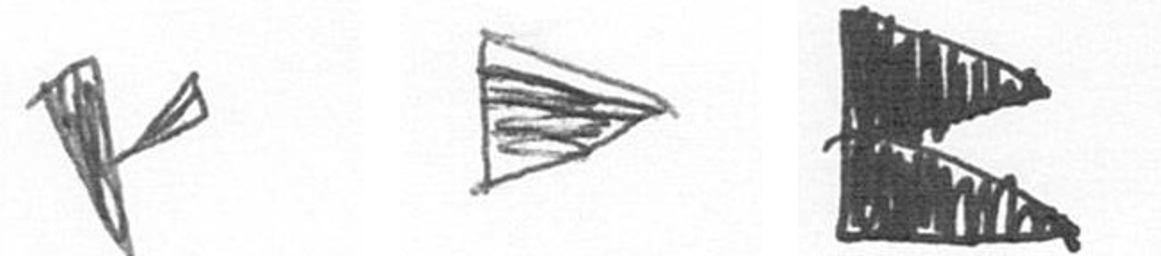
F T P